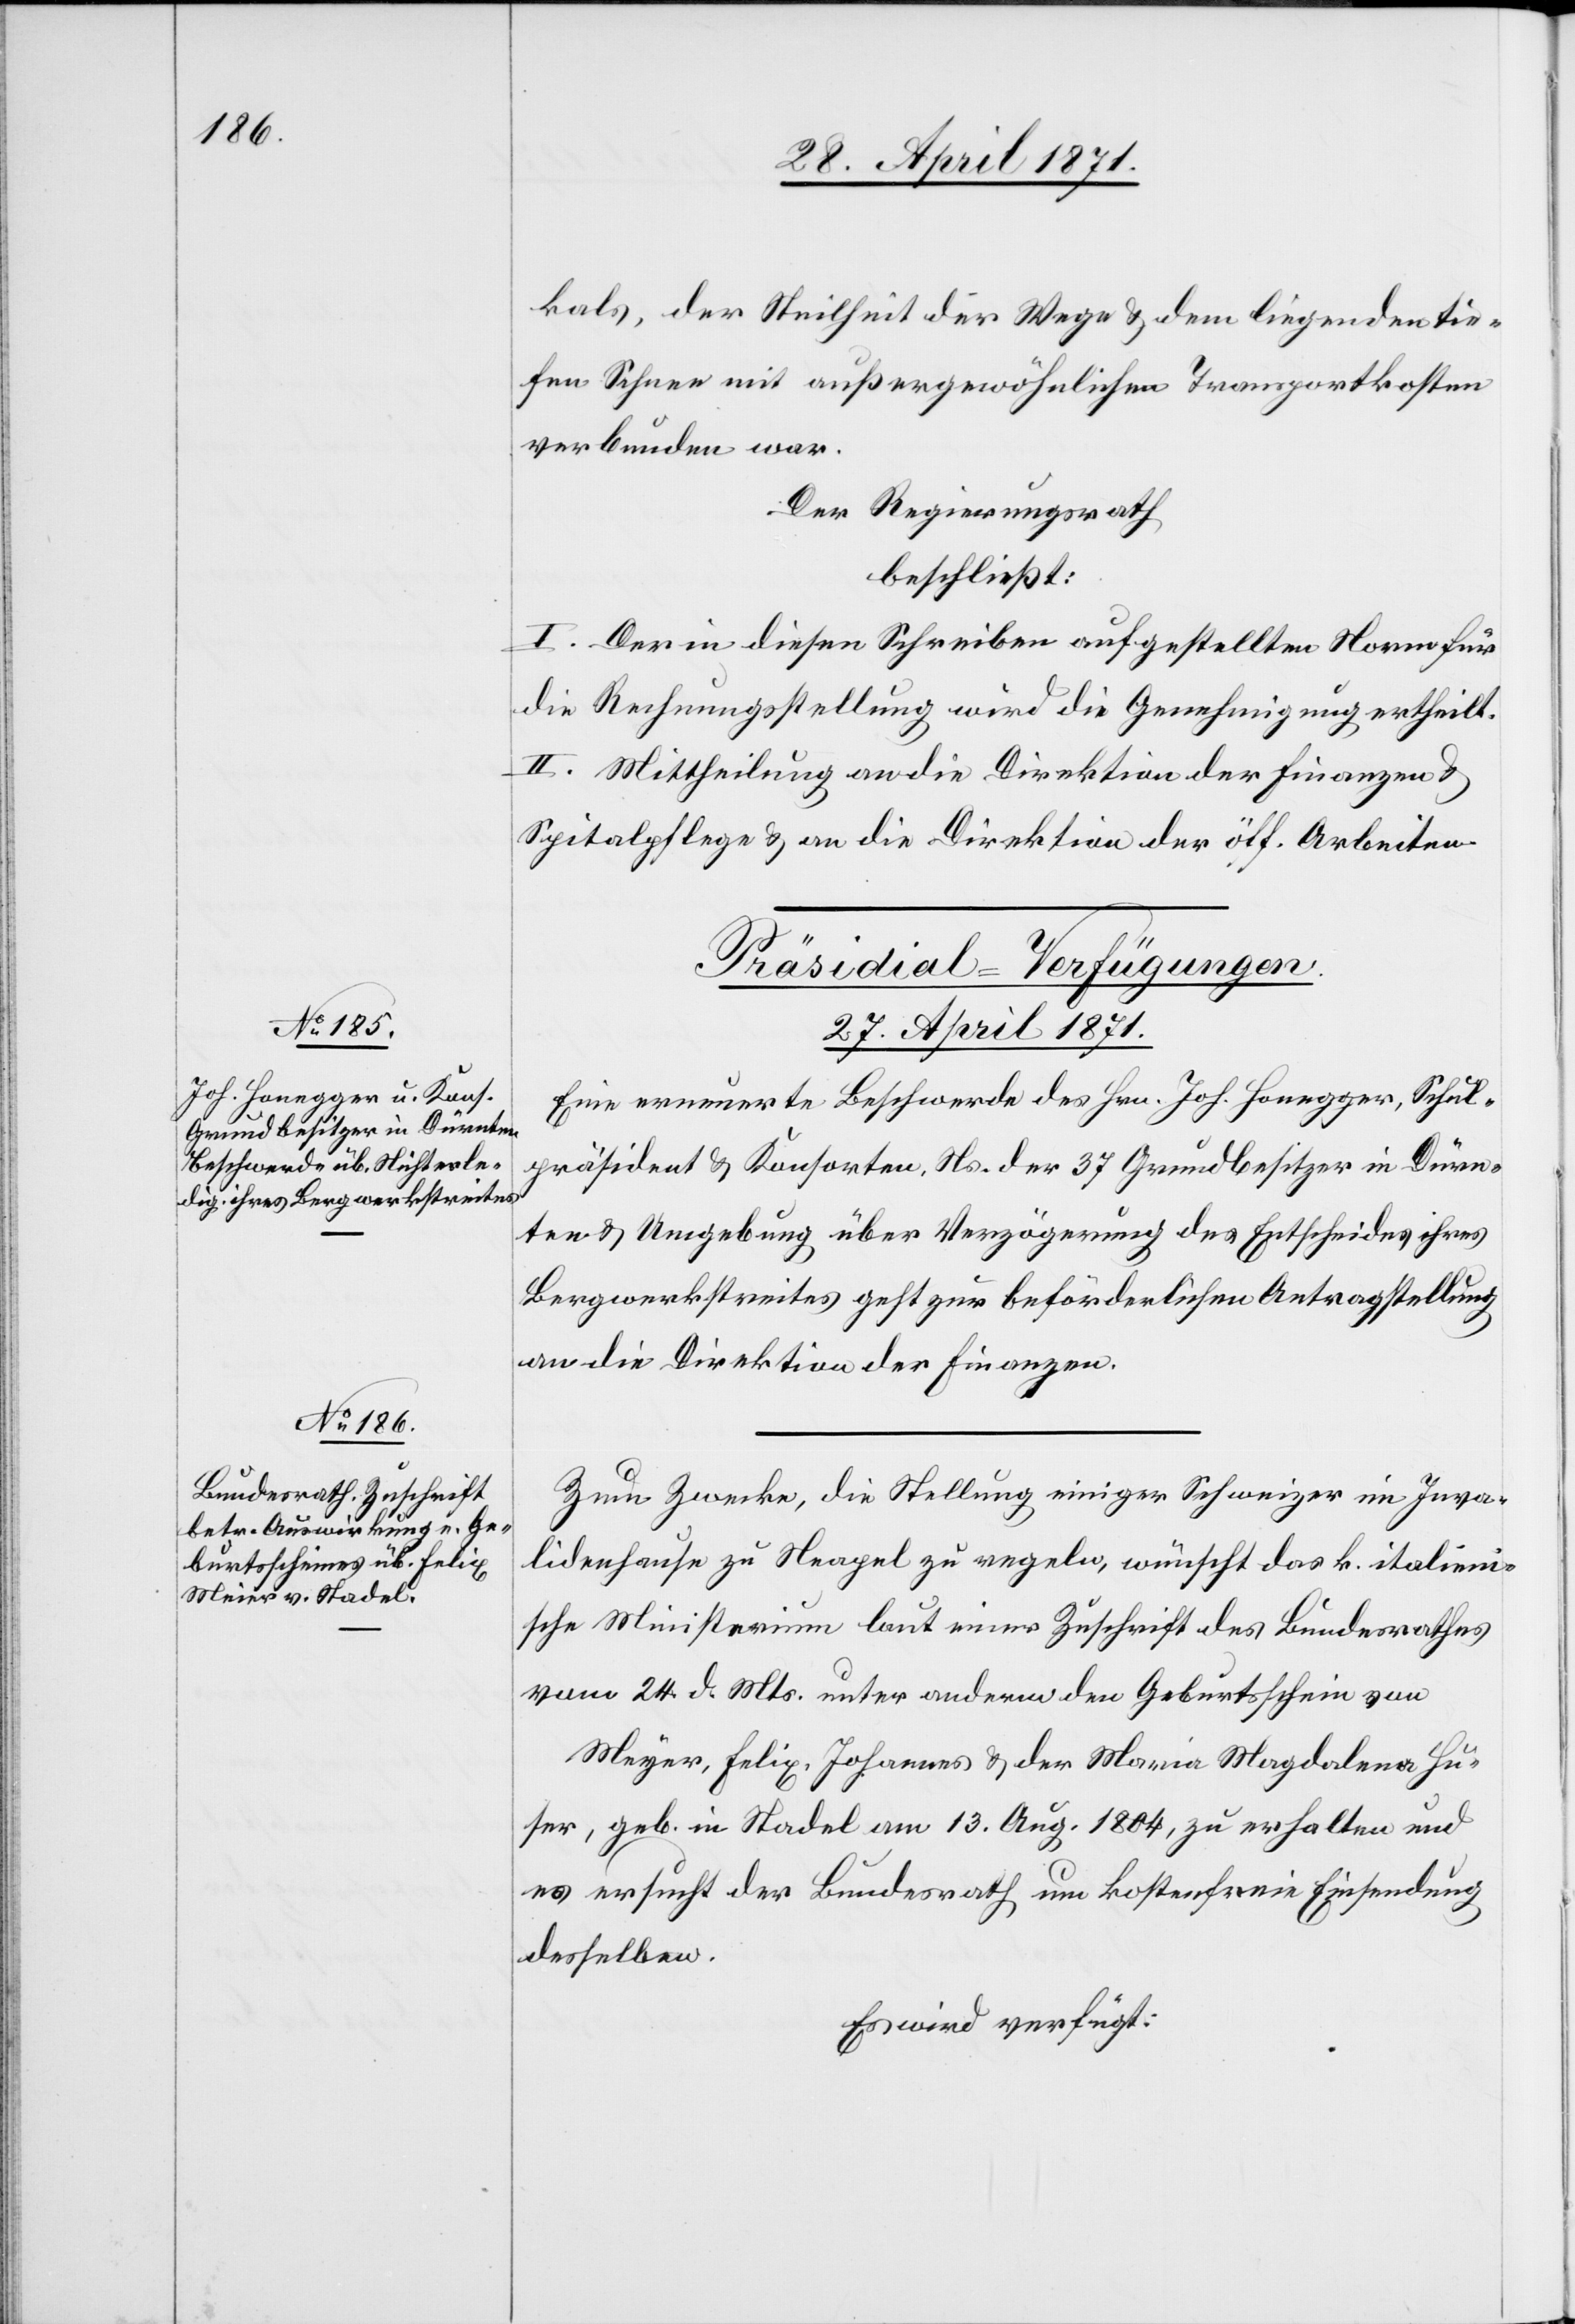
kals, der Steilheit der Wege u. dem liegenden tie¬
fen Schnee mit außergewöhnlichen Transportkosten
verbunden war.
Der Regierungsrath
beschließt:
I. Der in diesen Schreiben aufgestellten Norm für
die Rechnungsstellung wird die Genehmigung ertheilt.
II. Mittheilung an die Direktion der Finanzen u.
Spitalpflege u. an die Direktion der öff. Arbeiten.
[Präsidial-Verfügungen
27. April 1871.]
Eine erneuerte Beschwerde des Hrn. Joh. Honegger, Schul¬
präsident u. Konsorten, Ns. der 37 Grundbesitzern in Dürn¬
ten u. Umgebung über Verzögerung des Entscheides ihres
Bergwerkstreites geht zur beförderlichen Antragstellung
an die Direktion der Finanzen.
Zum Zwecke, die Stellung einiger Schweizer im Inva¬
lidenhause zu Neapel zu regeln, wünscht das k. italieni¬
sche Ministerium laut einer Zuschrift des Bundesrathes
vom 24. d. Mts. unter anderm den Geburtsschein von
Meyer, Felix, Johannes u. der Maria Magdalena Hu¬
ser, geb. in Stadel am 13. Aug. 1804, zu erhalten und
es ersucht der Bundesrath um kostenfreie Einsendung
desselben.
Es wird verfügt: